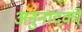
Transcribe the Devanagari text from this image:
अनुनादकों